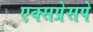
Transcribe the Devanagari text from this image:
एक्सप्रेसपे